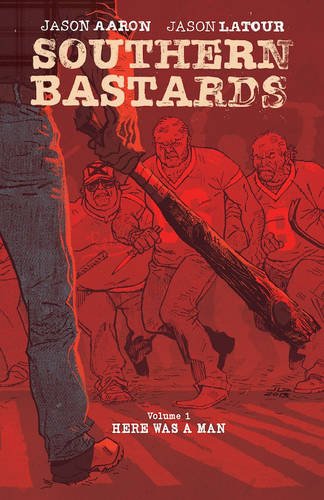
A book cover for Southern Bastards Deluxe Hardcover Volume 1 (Southern Bastards Hc); Jason Aaron; Comics & Graphic Novels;